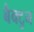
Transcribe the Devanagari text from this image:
बैक्टुन